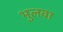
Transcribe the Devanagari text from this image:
भुलवा